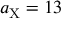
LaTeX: a _ { \mathrm { X } } = 1 3